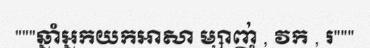
"""ឆ្នាំអ្នកយកអាសា ម្សាញ់ , វក , រ"""